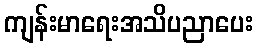
ကျန်းမာရေးအသိပညာပေး